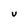
Character: V